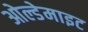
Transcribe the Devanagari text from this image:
ओल्डेमाइट